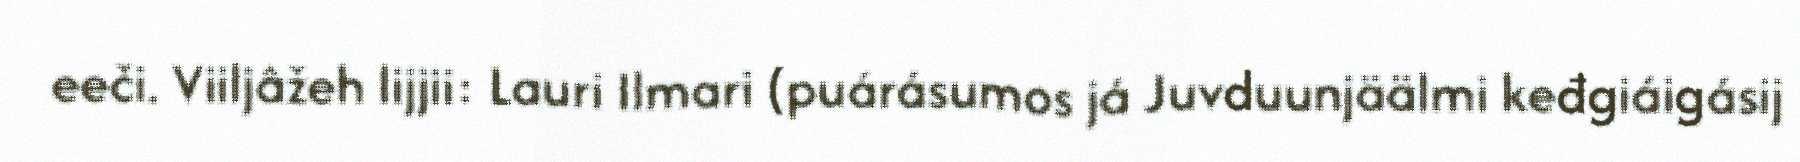
eeči. Viiljâžeh lijjii: Lauri Ilmari (puárásumos já Juvduunjäälmi keđgiáigásij